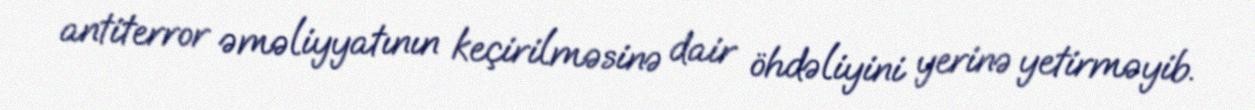
antiterror əməliyyatının keçirilməsinə dair öhdəliyini yerinə yetirməyib.